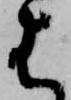
は